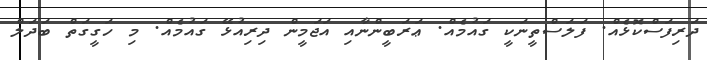
ދަރިފަސްކޮޅެއް. ފަލަސްތީނަކީ ގައުމެއް. ޢަރަބީންނާއި އަޖަމީން ދިރިއުޅޭ ގައުމެއް. މި ހަގީގަތް ބަދަލް